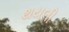
થયલી